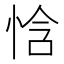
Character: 㤷